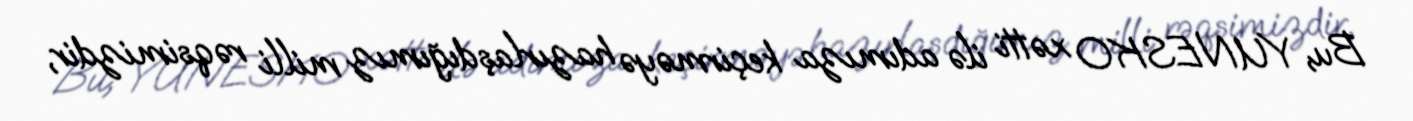
Bu, YUNESKO xətti ilə adımıza keçirməyə hazırlaşdığımız milli rəqsimizdir,